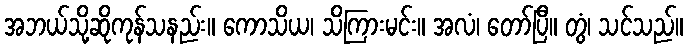
အဘယ်သို့ဆိုကုန်သနည်း။ ကောသိယ၊ သိကြားမင်း။ အလံ၊ တော်ပြီ။ တွံ၊ သင်သည်။